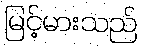
မြင့်မားသည်